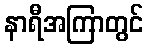
နာရီအကြာတွင်